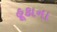
હૂકાના